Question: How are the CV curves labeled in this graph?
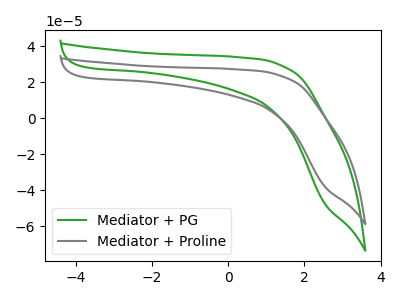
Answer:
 <answer>The green curve is labeled "Mediator + PG". The gray curve is labeled "Mediator + Proline".</answer>
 <eval></eval>